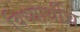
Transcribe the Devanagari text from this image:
विध्यार्थीच